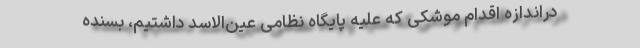
در‌اندازه اقدام موشکی که علیه پایگاه نظامی عین‌الاسد داشتیم، بسنده